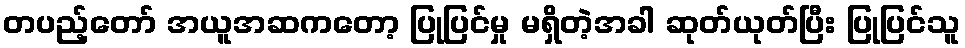
တပည့်တော် အယူအဆကတော့ ပြုပြင်မှု မရှိတဲ့အခါ ဆုတ်ယုတ်ပြီး ပြုပြင်သူ